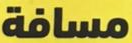
مسافة